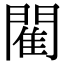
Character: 閵